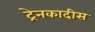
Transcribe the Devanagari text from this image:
ट्रेनकादीस